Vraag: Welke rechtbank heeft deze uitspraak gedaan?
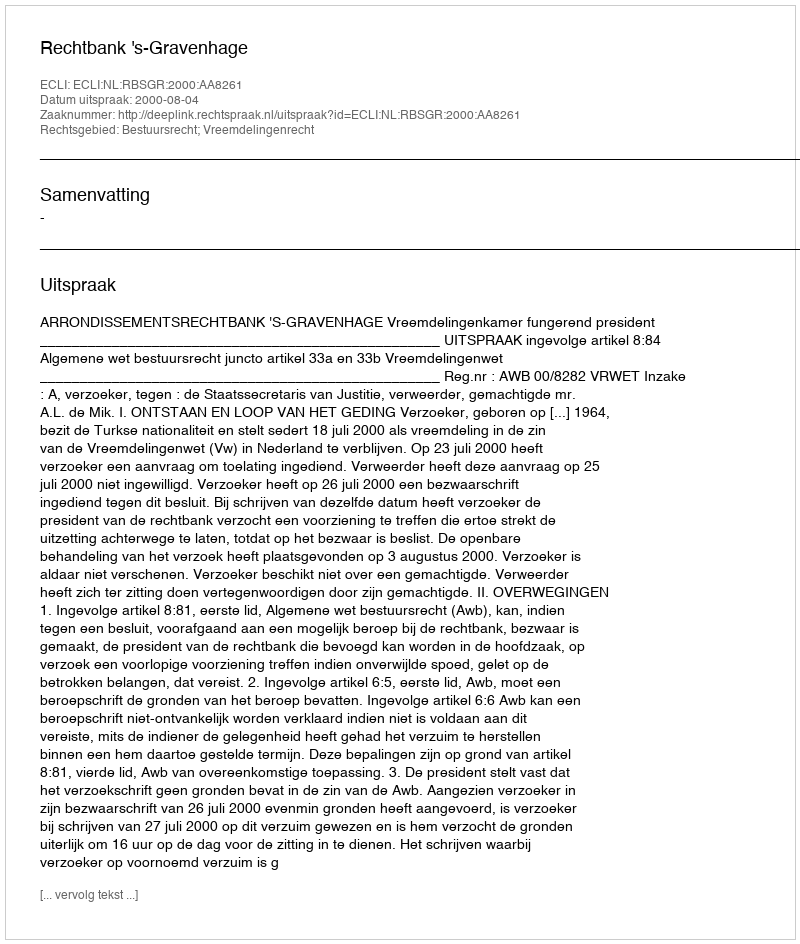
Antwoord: Rechtbank 's-Gravenhage